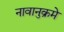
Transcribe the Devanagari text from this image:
नावानुक्रमे